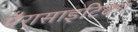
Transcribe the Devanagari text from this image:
पैरासाइटिका